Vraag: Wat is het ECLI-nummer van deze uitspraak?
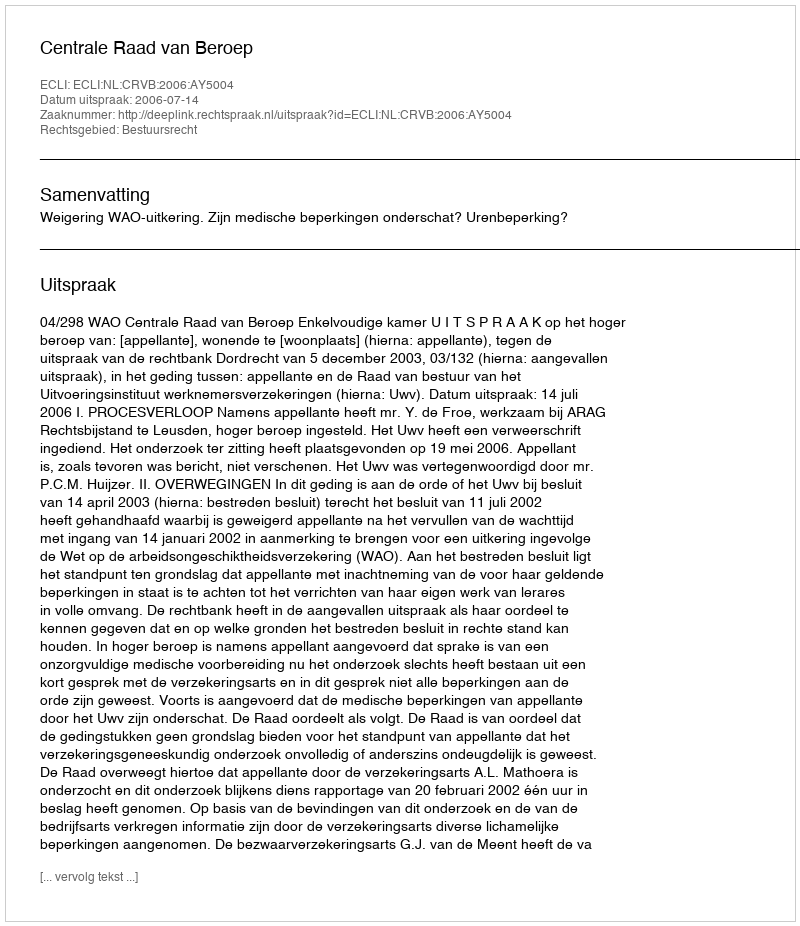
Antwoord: ECLI:NL:CRVB:2006:AY5004